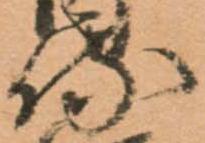
侍